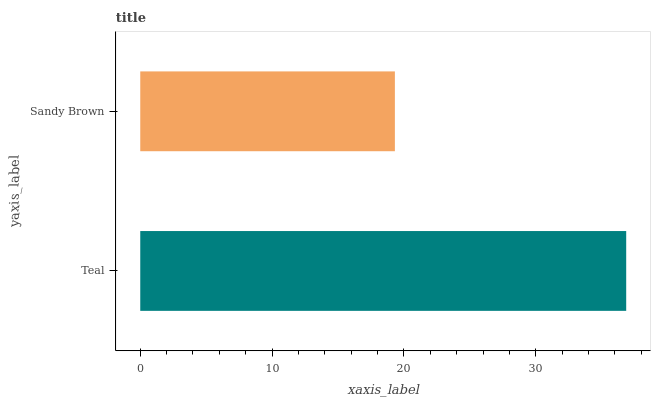
| yaxis_label | bars |
 | --- | --- |
 | Teal | 36.9 |
 | Sandy Brown | 19.3 |